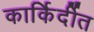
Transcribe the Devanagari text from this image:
कार्किर्दीत